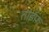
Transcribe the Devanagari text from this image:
ताईफ़